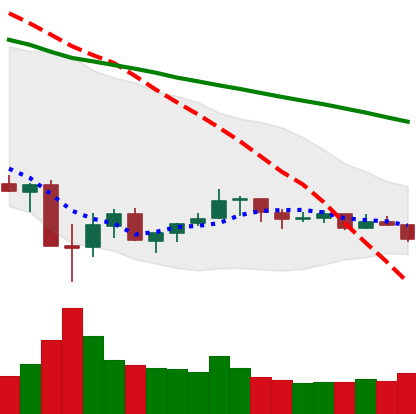
Ticker: XLM-USD
Chart end date: 2021-07-08
Forward return: -4.388%
Label: down_3_5